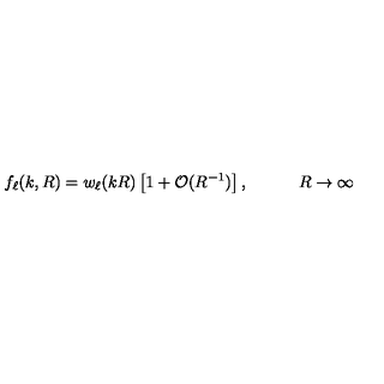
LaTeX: f _ { \ell } ( k , R ) = w _ { \ell } ( k R ) \left[ 1 + \mathcal { O } ( R ^ { - 1 } ) \right] , \qquad \quad R \to \infty